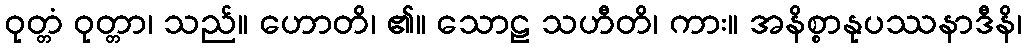
ဝုတ္တံ ဝုတ္တာ၊ သည်။ ဟောတိ၊ ၏။ သောဠ သဟီတိ၊ ကား။ အနိစ္စာနုပဿနာဒီနိ၊